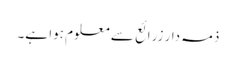
ذمہ دار زرائع سے معلوم ہوا ہے۔